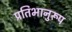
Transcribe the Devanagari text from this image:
प्रतिभानुरूप